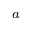
\footnote { w w w . s o l a r m o n i t o r . o r g }